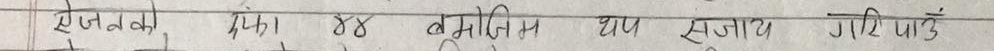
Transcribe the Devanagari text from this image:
जनको ४४ बोधाय जाप सुताय गरि पाऊँ।